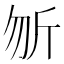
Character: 𭅉